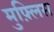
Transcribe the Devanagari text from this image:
मुफ़्लिस